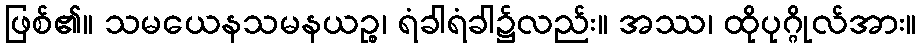
ဖြစ်၏။ သမယေနသမနယဉ္စ၊ ရံခါရံခါ၌လည်း။ အဿ၊ ထိုပုဂ္ဂိုလ်အား။